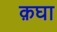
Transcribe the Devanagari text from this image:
क़घा